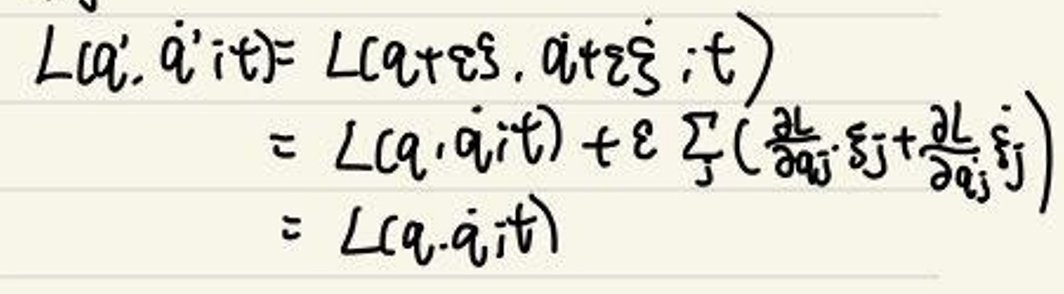
\[
L(a', \dot{a}'; t) = L(a + \varepsilon s, \dot{a} + \varepsilon \dot{s}; t)
\]
\[
= L(a, \dot{a}; t) + \varepsilon \sum_{j} \left( \frac{\partial L}{\partial a_j} s_j + \frac{\partial L}{\partial \dot{a}_j} \dot{s}_j \right)
\]
\[
= L(a, \dot{a}; t)
\]